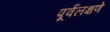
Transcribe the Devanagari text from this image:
पूर्वलक्षणे